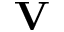
\mathbf { V }